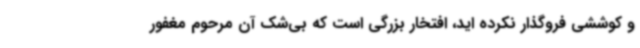
و کوششی فروگذار نکرده اید، افتخار بزرگی است که بی‌شک آن مرحوم مغفور